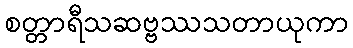
စတ္တာရီသဆဗ္ဗဿသတာယုကာ